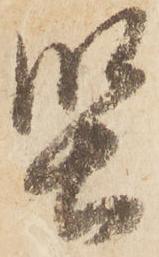
堅